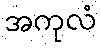
အကုလံ